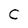
Character: C